Sanitation, dispensaries and jails vaccination Rajputana 1922-1927 - 1922-1927
Year: 1922
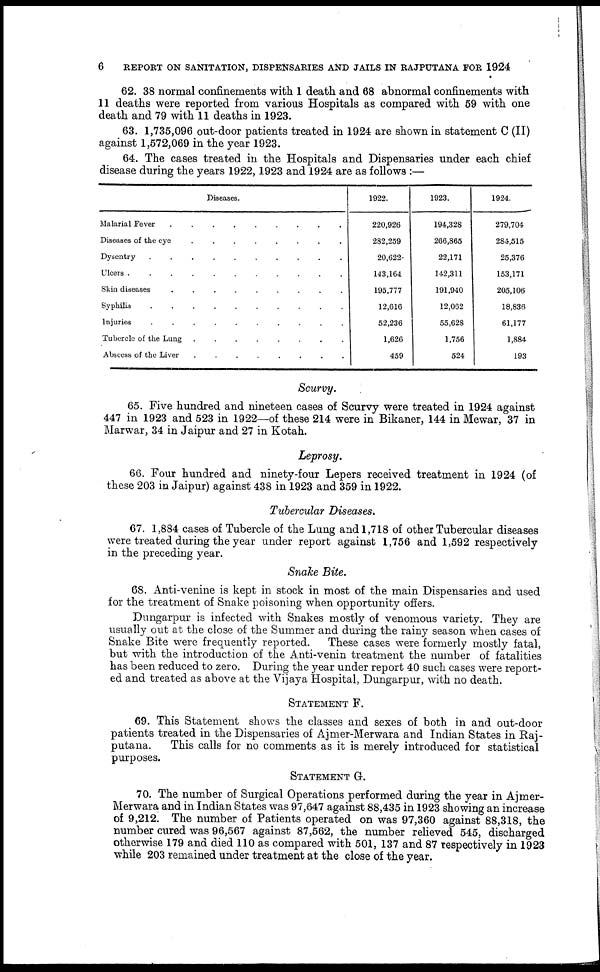
6
REPORT ON SANITATION, DISPENSARIES AND JAILS IN RAJPUTANA FOR 1924
62. 38 normal confinements with 1 death and 68 abnormal confinements with
11 deaths were reported from various Hospitals as compared with 59 with one
death and 79 with 11 deaths in 1923.
63. 1,735,096 out-door patients treated in 1924 are shown in statement C (II)
against 1,572,069 in the year 1923.
64. The cases treated in the Hospitals and Dispensaries under each chief
disease during the years 1922,1923 and 1924 are as follows :—
Diseases.
Malarial Fever
.
.
.
.
.
.
.
.
.
Diseases of the eye
.
.
.
.
.
.
.
.
Dysentry
.
.
.
.
.
.
.
.
.
.
Ulcers .
.
.
.
.
.
.
.
.
.
.
Skin diseases
.
.
.
.
.
.
.
.
.
Syphilis
.
.
.
.
.
.
.
.
.
.
Injuries
.
.
.
.
.
.
.
.
.
.
Tubercle of the Lung .
.
.
.
.
.
.
.
Abscess of the Liver
.
.
.
.
.
.
.
.
1922.
220,926
282,259
20,622
143,164
195,777
12,616
52,236
1,626
459
1923.
194,328
266,865
22,171
142,311
191,940
12,062
55,628
1,756
524
1924.
279,704
284,515
25,376
153,171
205,106
18,836
61,177
1,884
193
Scurvy.
65. Five hundred and nineteen cases of Scurvy were treated in 1924 against
447 in 1923 and 523 in 1922—of these 214 were in Bikaner, 144 in Mewar, 37 in
Marwar, 34 in Jaipur and 27 in Kotah.
Leprosy.
66. Four hundred and ninety-four Lepers received treatment in 1924 (of
these 203 in Jaipur) against 438 in 1923 and 359 in 1922.
Tubercular Diseases.
67. 1,884 cases of Tubercle of the Lung and 1,718 of other Tubercular diseases
were treated during the year under report against 1,756 and 1,592 respectively
in the preceding year.
Snake Bite.
68. Anti-venine is kept in stock in most of the main Dispensaries and used
for the treatment of Snake poisoning when opportunity offers.
Dungarpur is infected with Snakes mostly of venomous variety. They are
usually out at the close of the Summer and during the rainy season when cases of
Snake Bite were frequently reported.
These cases were formerly mostly fatal,
but with the introduction of the Anti-venin treatment the number of fatalities
has been reduced to zero. During the year under report 40 such cases were report-
ed and treated as above at the Vijaya Hospital, Dungarpur, with no death.
STATEMENT F.
69. This Statement shows the classes and sexes of both in and out-door
patients treated in the Dispensaries of Ajmer-Merwara and Indian States in Raj¬
putana.
This calls for no comments as it is merely introduced for statistical
purposes.
STATEMNET G.
70. The number of Surgical Operations performed during the year in Ajmer-
Merwara and in Indian States was 97,647 against 88,435 in 1923 showing an increase
of 9,212. The number of Patients operated on was 97,360 against 88,318, the
number cured was 96,567 against 87,562, the number relieved 545, discharged
otherwise 179 and died 110 as compared with 501, 137 and 87 respectively in 1923
while 203 remained under treatment at the close of the year.